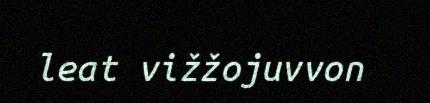
leat vižžojuvvon